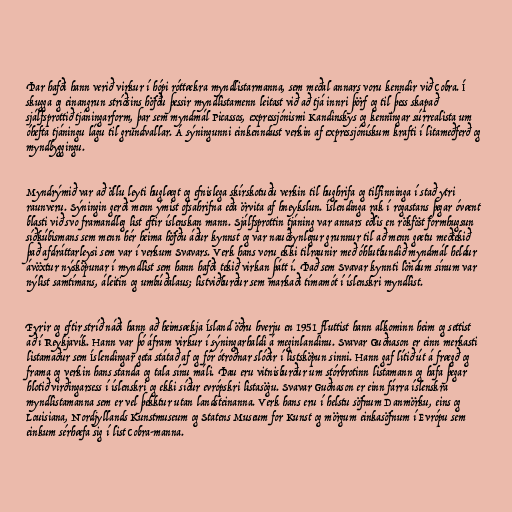
Þar hafði hann verið virkur í hópi róttækra myndlistarmanna, sem meðal annars voru kenndir við Cobra. Í
skugga og einangrun stríðsins höfðu þessir myndlistamenn leitast við að tjá innri þörf og til þess skapað
sjálfsprottið tjáningarform, þar sem myndmál Picassos, expressjónismi Kandinskys og kenningar súrrealista um
óhefta tjáningu lágu til grundvallar. Á sýningunni einkenndust verkin af expressjónískum krafti í litameðferð og
myndbyggingu.

Myndrýmið var að öllu leyti huglægt og efnislega skírskotuðu verkin til hughrifa og tilfinninga í stað ytri
raunveru. Sýningin gerði menn ýmist ofsahrifna eða örvita af hneykslun. Íslendinga rak í rogastans þegar óvænt
blasti við svo framandleg list eftir íslenskan mann. Sjálfsprottin tjáning var annars eðlis en rökföst formhugsun
síðkúbismans sem menn hér heima höfðu áður kynnst og var nauðsynlegur grunnur til að menn gætu meðtekið
það afdráttarleysi sem var í verkum Svavars. Verk hans voru ekki tilraunir með óhlutbundið myndmál heldur
ávöxtur nýsköpunar í myndlist sem hann hafði tekið virkan þátt í. Það sem Svavar kynnti löndum sínum var
nýlist samtímans, áleitin og umbúðalaus; listviðburður sem markaði tímamót í íslenskri myndlist.

Fyrir og eftir stríð náði hann að heimsækja Ísland öðru hverju en 1951 fluttist hann alkominn heim og settist
að í Reykjavík. Hann var þó áfram virkur í sýningarhaldi á meginlandinu. Svavar Guðnason er einn merkasti
listamaður sem Íslendingar geta státað af og fór ótroðnar slóðir í listsköpun sinni. Hann gaf lítið út á frægð og
frama og verkin hans standa og tala sínu máli. Þau eru vitnisburður um stórbrotinn listamann og hafa þegar
hlotið virðingarsess í íslenskri og ekki síður evrópskri listasögu. Svavar Guðnason er einn fárra íslenskra
myndlistamanna sem er vel þekktur utan landsteinanna. Verk hans eru í helstu söfnum Danmörku, eins og
Louisiana, Nordjyllands Kunstmuseum og Statens Museum for Kunst og mörgum einkasöfnum í Evrópu sem
einkum sérhæfa sig í list Cobra-manna.